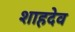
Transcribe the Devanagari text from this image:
शाहदेव